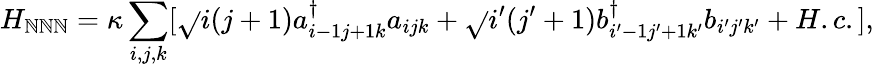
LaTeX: H_{\mathbb{N}\mathbb{N}\mathbb{N}}=\kappa\sum_{i,j,k}[\sqrt{}{{i(j+1)}}a_{i-1j+1k}^{\dagger}a_{ijk}+\sqrt{}{{i^{\prime}(j^{\prime}+1)}}b_{i^{\prime}-1j^{\prime}+1k^{\prime}}^{\dagger}b_{i^{\prime}j^{\prime}k^{\prime}}+H.c.],